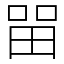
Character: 㽞